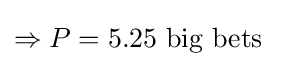
\Rightarrow P=5.25{\mbox{ big bets }}